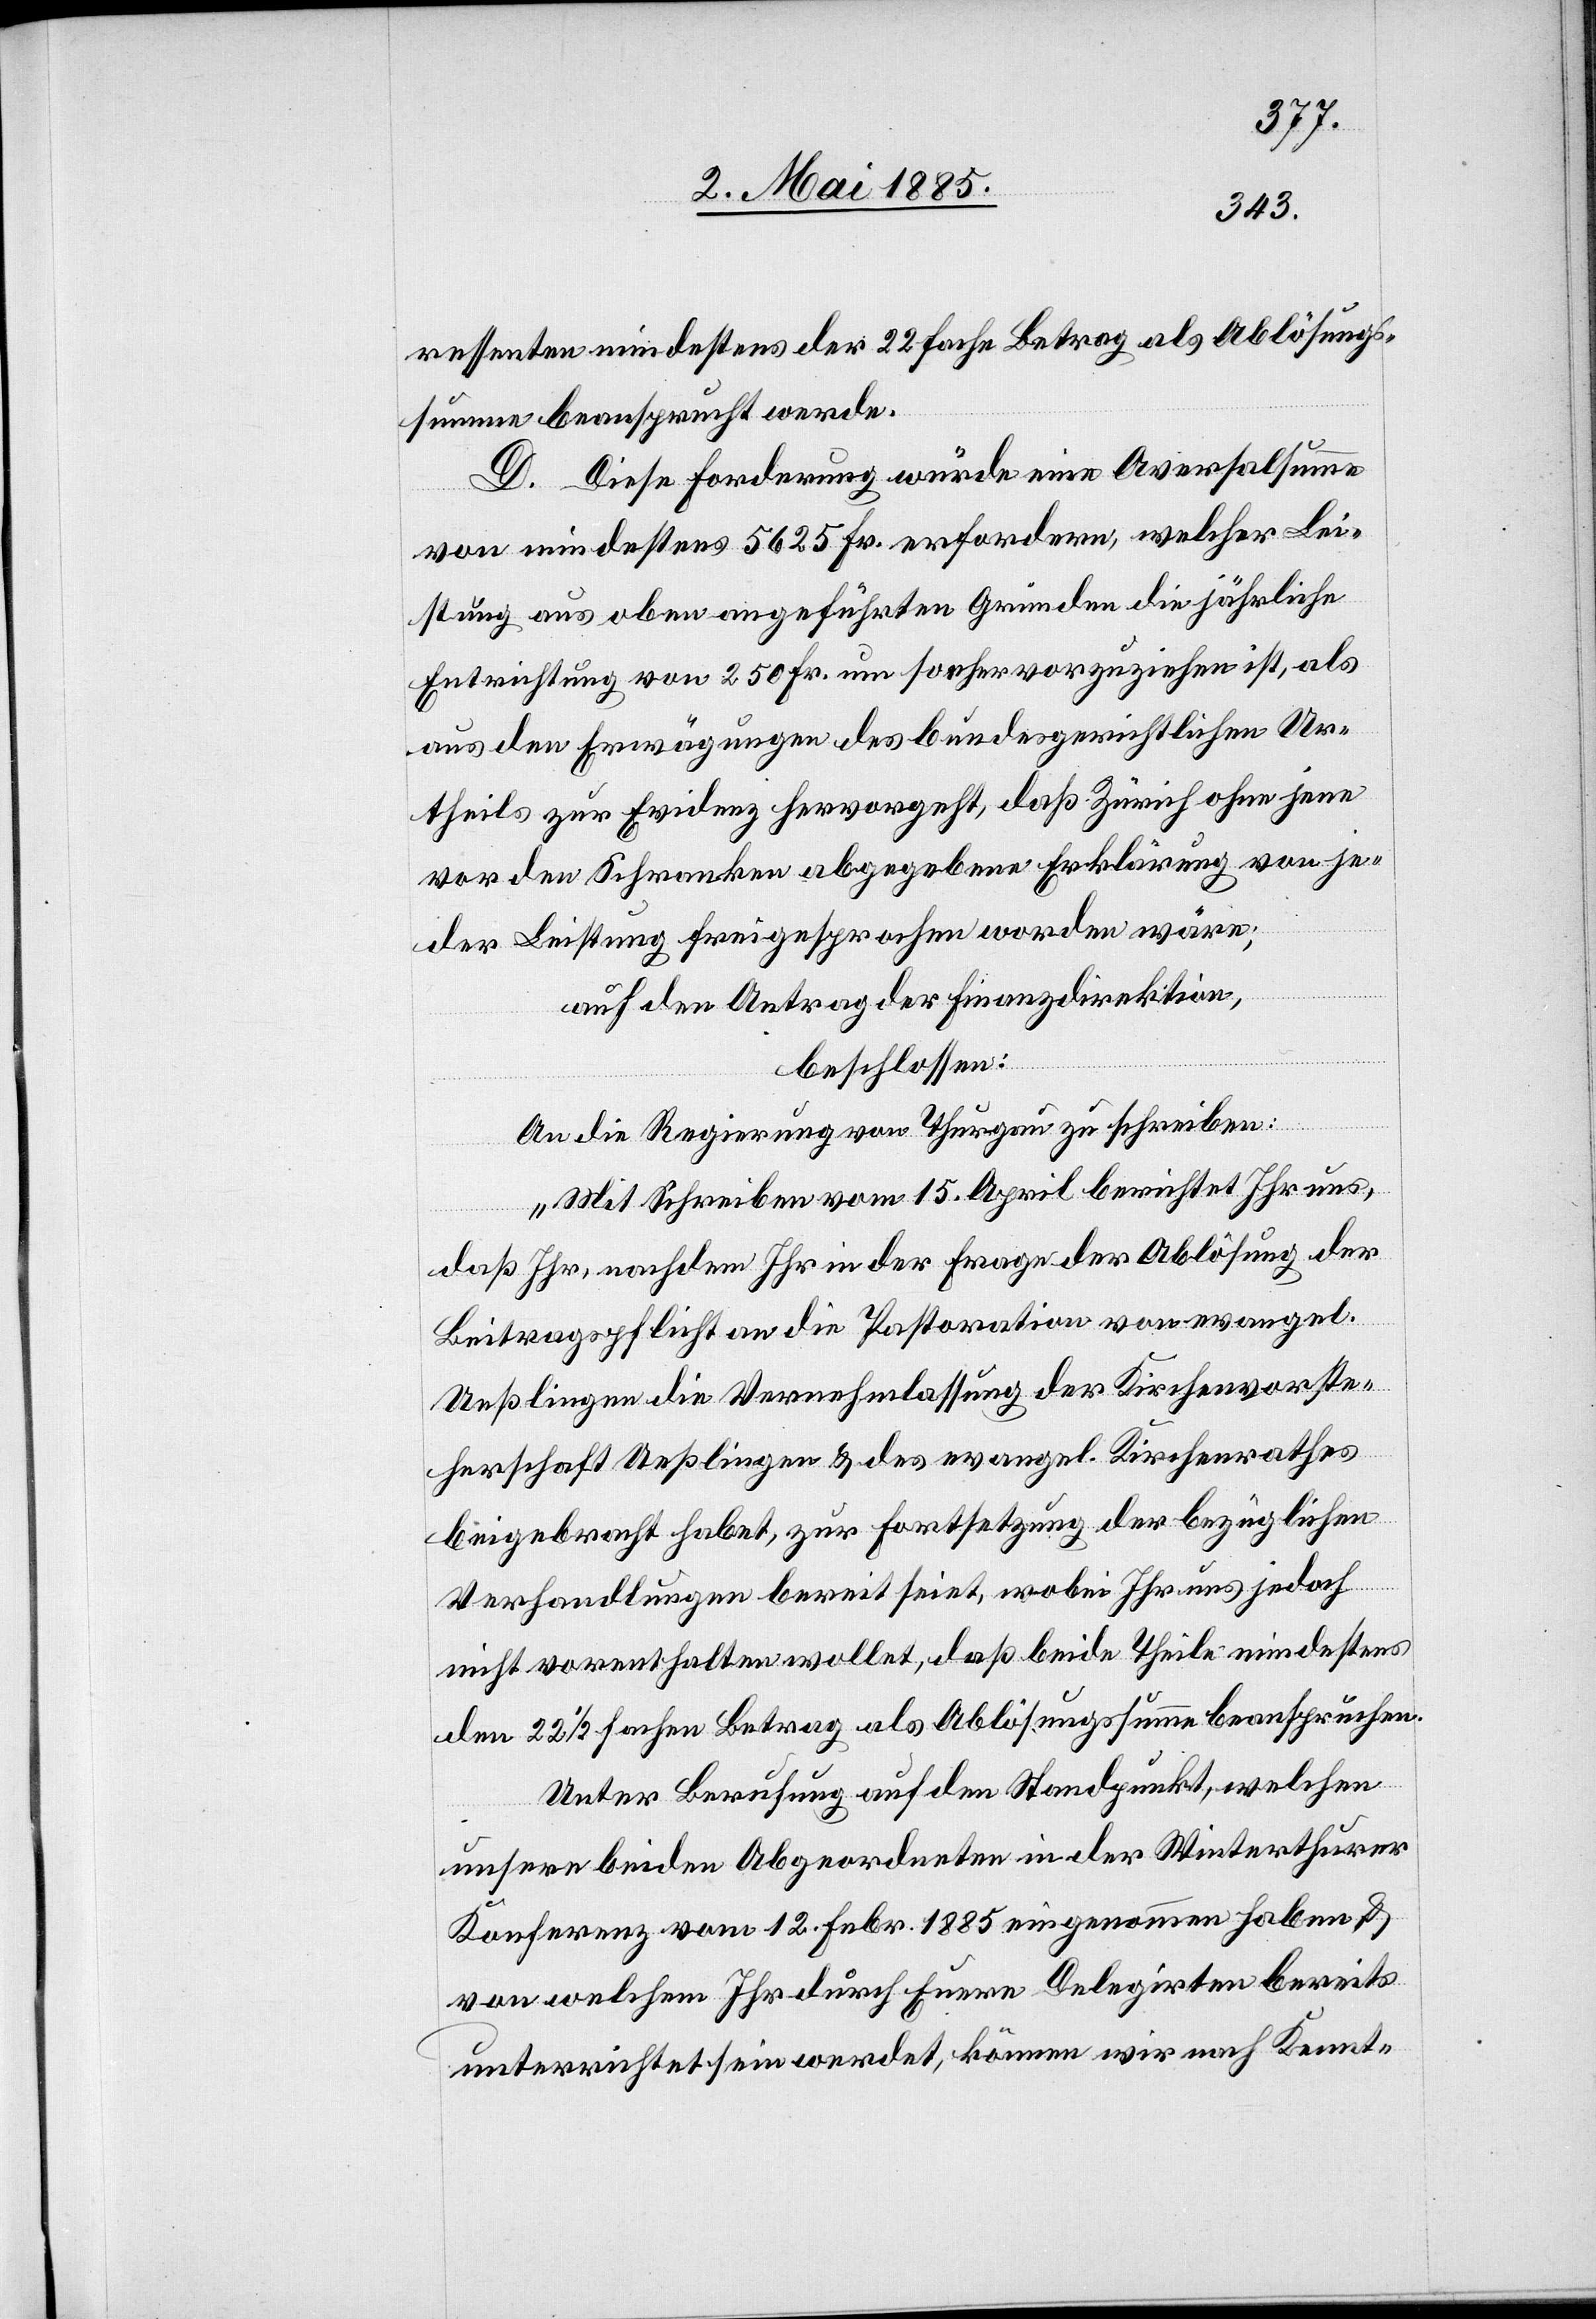
ressenten mindesten der 22fache Betrag als Ablösungs¬
summe beansprucht werde.
D. Diese Forderung würde eine Aversalsumme
von mindestens 5625 Fr. erfordern, welcher Lei¬
stung aus oben angeführten Gründen die jährliche
Entrichtung von 250 Fr. um so eher vorzuziehen ist, als
aus den Erwägungen des bundesgerichtlichen Ur¬
theils zur Evidenz hervorgeht, daß Zürich ohne jene
vor den Schranken abgegebene Erklärung von je¬
der Leistung freigesprochen worden wäre;
auf den Antrag der Finanzdirektion,
beschlossen:
An die Regierung von Thurgau zu schreiben:
„Mit Schreiben vom 15. April berichtet Ihr uns,
daß Ihr, nachdem Ihr in der Frage der Ablösung der
Beitragspflicht an die Pastoration von evangel.
Ueßlingen die Vernehmlassung der Kirchenvorste¬
herschaft Ueßlingen & des evangel. Kirchenrathes
beigebracht habet, zur Fortsetzung der bezüglichen
Verhandlungen bereit seiet, wobei Ihr uns jedoch
nicht vorenthalten wollet, daß beide Theile mindestens
den 22 1/2fachen Betrag als Ablösungssumme beanspruchen.
Unter Berufung auf den Standpunkt, welchen
unsere beiden Abgeordneten in der Winterthurer
Konferenz vom 12. Febr. 1885 eingenommen haben &
von welchem Ihr durch Euern Delegirten bereits
unterrichtet sein werdet, können wir nach Kennt-